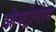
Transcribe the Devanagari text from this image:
ओस्ट्रोगोथ